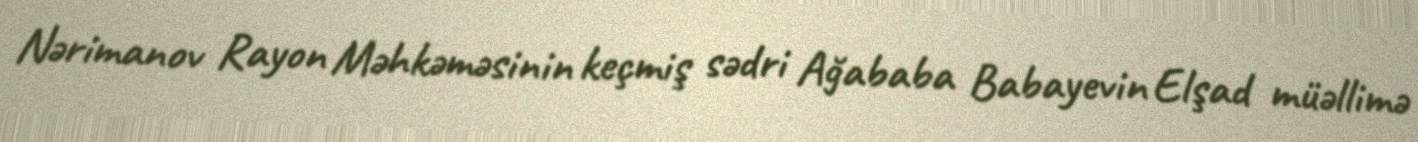
Nərimanov Rayon Məhkəməsinin keçmiş sədri Ağababa Babayevin Elşad müəllimə